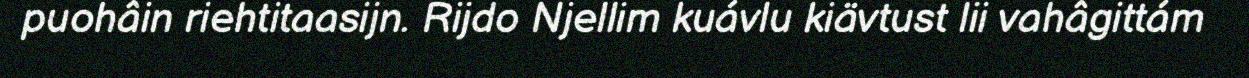
puohâin riehtitaasijn. Rijdo Njellim kuávlu kiävtust lii vahâgittám